Leaving Certificate Examination (including Day School Certificate (Higher) General paper), 1927
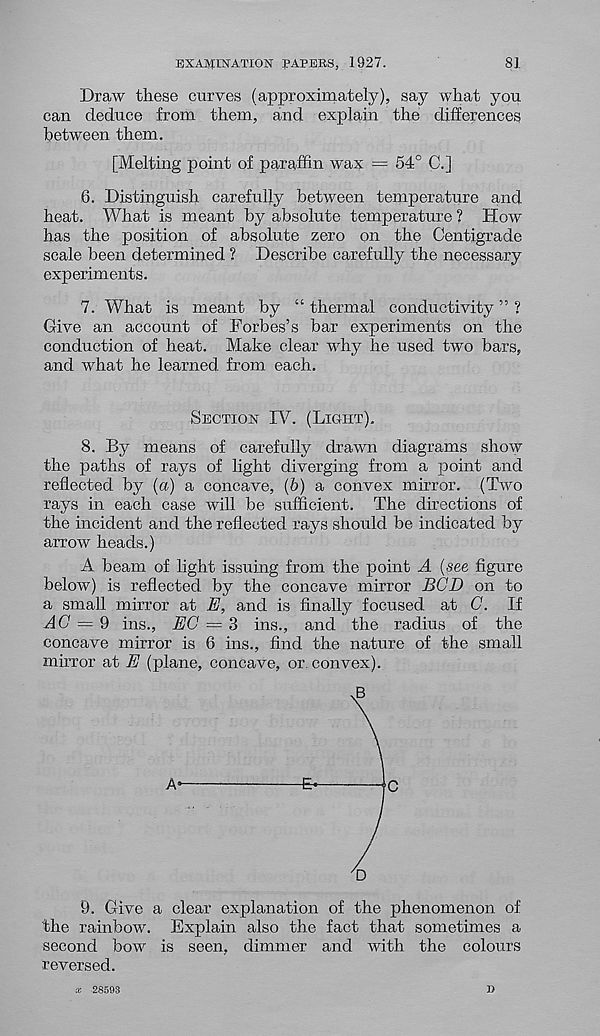
EXAMINATION PAPERS, 1927.
81
Draw these curves (approximately), say what you
can deduce from them, and explain the differences
between them.
[Melting point of paraffin wax = 54° C.]
6. Distinguish carefully between temperature and
heat. What is meant by absolute temperature ? How
has the position of absolute zero on the Centigrade
scale been determined ? Describe carefully the necessary
experiments.
7. What is meant by “ thermal conductivity ” ?
Give an account of Forbes’s bar experiments on the
conduction of heat. Make clear why he used two bars,
and what he learned, from each.
Section IV. (Light).
8. By means of carefully drawn diagrams show
the paths of rays of light diverging from a point and
reflected by (a) a concave, (6) a convex mirror. (Two
rays in each case will be sufficient. The directions of
the incident and the reflected rays should be indicated by
arrow heads.)
A beam of light issuing from the point A {see figure
below) is reflected by the concave mirror BCD on to
a small mirror at E, and is finally focused at G. If
AC = 9 ins., EC = 3 ins., and the radius of the
concave mirror is 6 ins., find the nature of the small
mirror at E (plane, concave, or. convex).
9. Give a clear explanation of the phenomenon of
the rainbow. Explain also the fact that sometimes a
second bow is seen, dimmer and with the colours
reversed.
x 28593
D